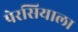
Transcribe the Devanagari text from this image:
पेरसियाला